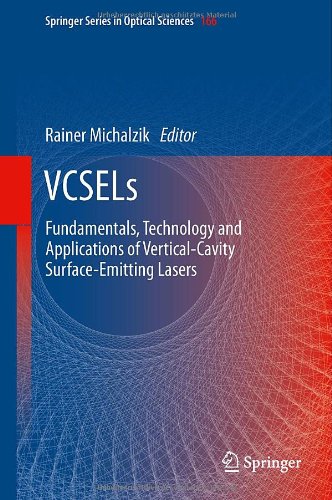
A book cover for VCSELs: Fundamentals, Technology and Applications of Vertical-Cavity Surface-Emitting Lasers (Springer Series in Optical Sciences); Science & Math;